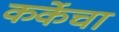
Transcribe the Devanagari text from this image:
कर्केचा